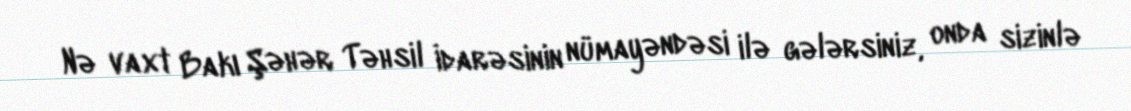
Nə vaxt Bakı Şəhər Təhsil İdarəsinin nümayəndəsi ilə gələrsiniz, onda sizinlə